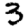
Digit: 3